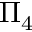
\Pi _ { 4 }